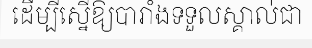
ដើម្បីស្នើឱ្យបារាំងទទួលស្គាល់ជា